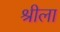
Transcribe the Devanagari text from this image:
श्रीला